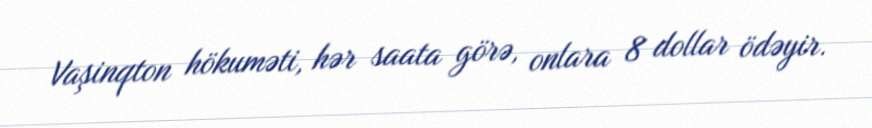
Vaşinqton hökuməti, hər saata görə, onlara 8 dollar ödəyir.